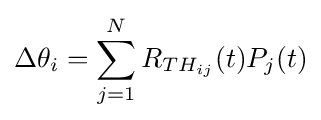
\Delta \theta _{i}=\sum _{j=1}^{N}R_{TH_{ij}}(t)P_{j}(t)